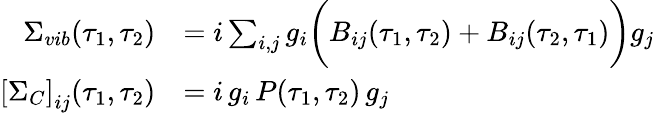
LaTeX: \begin{array}{rl}{\Sigma_{vib}(\tau_{1},\tau_{2})}&{=i\sum_{i,j}g_{i}\bigg(B_{ij}(\tau_{1},\tau_{2})+B_{ij}(\tau_{2},\tau_{1})\bigg)g_{j}}\\ {\left[\Sigma_{C}\right]_{ij}(\tau_{1},\tau_{2})}&{=i\, g_{i}\, P(\tau_{1},\tau_{2})\, g_{j}}\end{array}